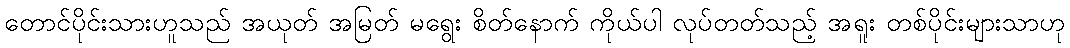
တောင်ပိုင်းသားဟူသည် အယုတ် အမြတ် မရွေး စိတ်နောက် ကိုယ်ပါ လုပ်တတ်သည့် အရူး တစ်ပိုင်းများသာဟု